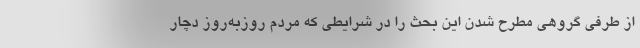
از طرفی گروهی مطرح شدن این بحث را در شرایطی که مردم روزبه‌روز دچار